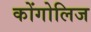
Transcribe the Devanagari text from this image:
कोंगोलिज